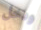
ودخل